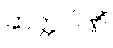
ဆတ္တပါဏိံ